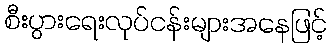
စီးပွားရေးလုပ်ငန်းများအနေဖြင့်